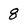
Character: 8